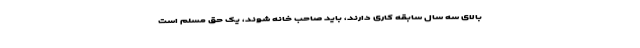
بالای سه سال سابقه کاری دارند، باید صاحب خانه شوند، یک حق مسلّم است